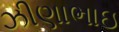
ઝીણાભાઇ